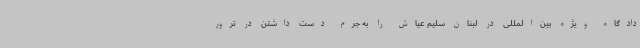
دادگاه ویژه بین‌المللی در لبنان سلیم عیاش را به جرم دست داشتن در ترور